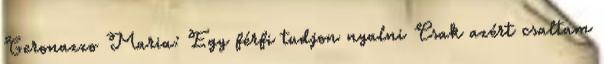
Geronazzo Maria: Egy férfi tudjon nyalni Csak azért csaltam